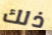
ذلك